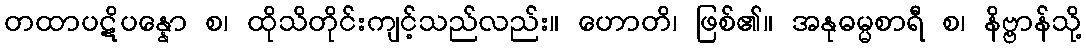
တထာပဋိပန္နော စ၊ ထိုသိတိုင်းကျင့်သည်လည်း။ ဟောတိ၊ ဖြစ်၏။ အနုဓမ္မစာရီ စ၊ နိဗ္ဗာန်သို့